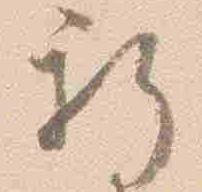
新